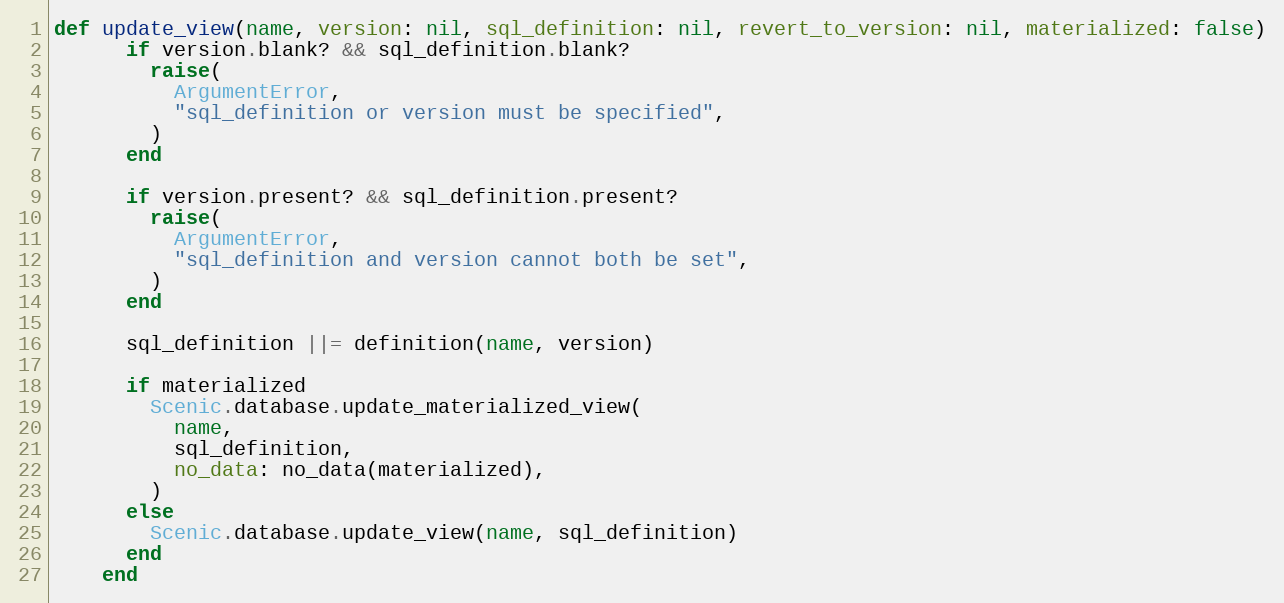
Language: Ruby
def update_view(name, version: nil, sql_definition: nil, revert_to_version: nil, materialized: false)
      if version.blank? && sql_definition.blank?
        raise(
          ArgumentError,
          "sql_definition or version must be specified",
        )
      end

      if version.present? && sql_definition.present?
        raise(
          ArgumentError,
          "sql_definition and version cannot both be set",
        )
      end

      sql_definition ||= definition(name, version)

      if materialized
        Scenic.database.update_materialized_view(
          name,
          sql_definition,
          no_data: no_data(materialized),
        )
      else
        Scenic.database.update_view(name, sql_definition)
      end
    end